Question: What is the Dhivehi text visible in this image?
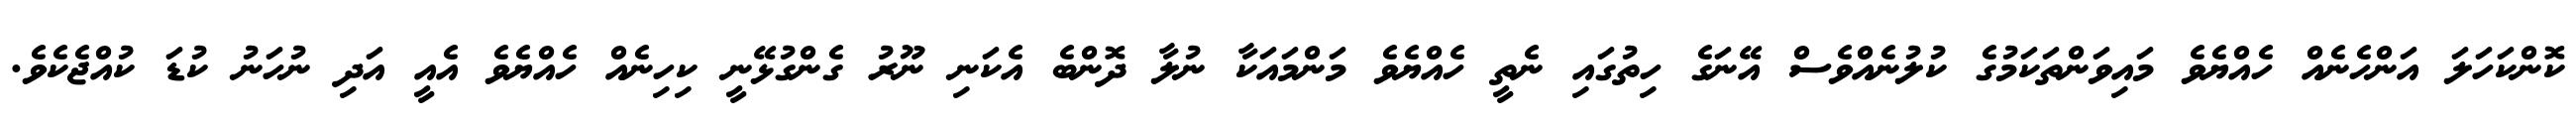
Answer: ކޮންކަހަލަ އަންހެނެއް ހެއްޔެވެ މައިވަންތަކަމުގެ ކުލުނެއްވެސް އޭނަގެ ހިތުގައި ނެތީ ހެއްޔެވެ މަންމައަކާ ނުލާ ދޮންބެ އެކަނި ނޫރު ގެންގުޅޭނީ ކިހިނެއް ހެއްޔެވެ އެއީ އަދި ނުހަނު ކުޑަ ކުއްޖެކެވެ.